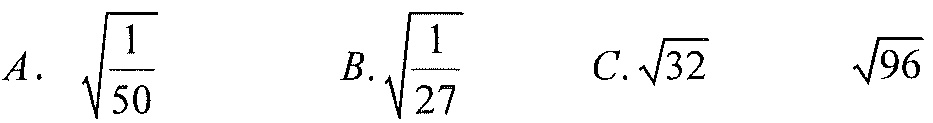
\(A.\ \sqrt{\dfrac{1}{50}}\)  \(B.\sqrt{\dfrac{1}{27}}\)  \(C.\sqrt{32}\)  \(\sqrt{96}\)